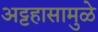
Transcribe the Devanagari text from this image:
अट्टहासामुळे